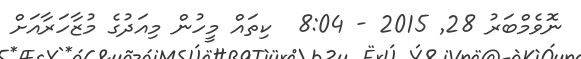
ނޮވެމްބަރު 28